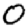
Digit: 0